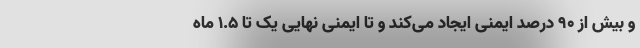
و بیش از ٩٠ درصد ایمنی ایجاد می‌کند و تا ایمنی نهایی یک تا ١.۵ ماه